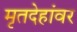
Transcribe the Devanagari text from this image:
मृतदेहांवर